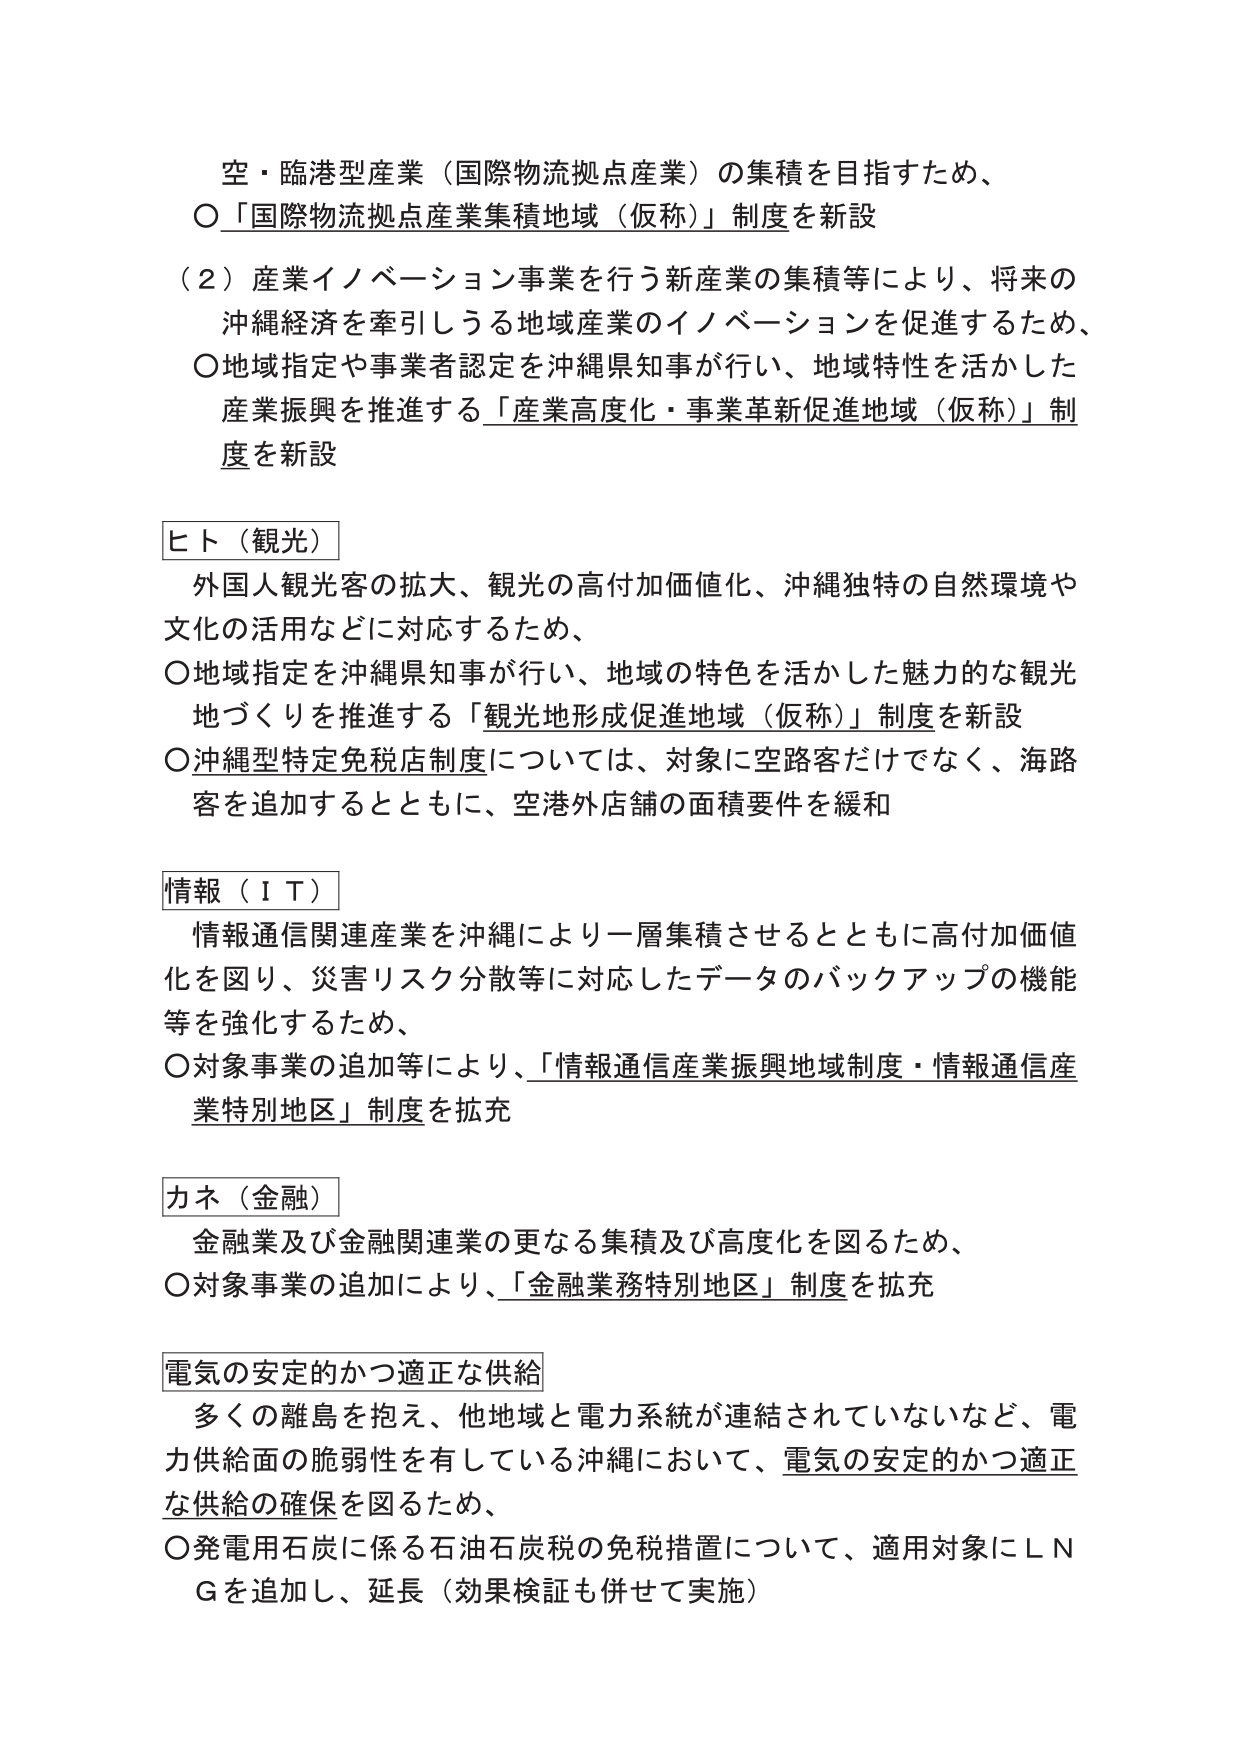
空・臨港型産業（国際物流拠点産業）の集積を目指すため、
〇「国際物流拠点産業集積地域（仮称）」制度を新設

（２）産業イノベーション事業を行う新産業の集積等により、将来の
沖縄経済を牽引しうる地域産業のイノベーションを促進するため、
〇地域指定や事業者認定を沖縄県知事が行い、地域特性を活かした
産業振興を推進する「産業高度化・事業革新促進地域（仮称）」制度を新設

ヒト（観光）
外国人観光客の拡大、観光の高付加価値化、沖縄独特の自然環境や
文化の活用などに対応するため、
〇地域指定を沖縄県知事が行い、地域の特色を活かした魅力的な観光
地づくりを推進する「観光地形成促進地域（仮称）」制度を新設
〇沖縄型特定免税店制度については、対象に空路客だけでなく、海路
客を追加するとともに、空港外店舗の面積要件を緩和

情報（ＩＴ）
情報通信関連産業を沖縄により一層集積させるとともに高付加価値
化を図り、災害リスク分散等に対応したデータのバックアップの機能
等を強化するため、
〇対象事業の追加等により、「情報通信産業振興地域制度・情報通信産
業特別地区」制度を拡充

カネ（金融）
金融業及び金融関連業の更なる集積及び高度化を図るため、
〇対象事業の追加により、「金融業務特別地区」制度を拡充

電気の安定的かつ適正な供給
多くの離島を抱え、他地域と電力系統が連結されていないなど、電
力供給面の脆弱性を有している沖縄において、電気の安定的かつ適正
な供給の確保を図るため、
〇発電用石炭に係る石油石炭税の免税措置について、適用対象にＬＮ
Ｇを追加し、延長（効果検証も併せて実施）